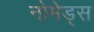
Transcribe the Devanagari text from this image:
नोमेड्स